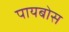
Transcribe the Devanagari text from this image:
पायबोस